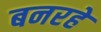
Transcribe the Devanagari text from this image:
बनरहे